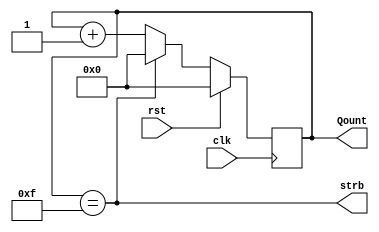
module presc #(
    parameter PRESCALER = 16                 // devision unit
)
(
input clk,
input rst,
output reg [3:0] Qount,			          // Counter output
output strb				                  // Counter overflow
);

assign strb = ( Qount == (PRESCALER - 1) ); // strb=0 just when Qount=0

always @(posedge clk)
begin
    if (rst)
    begin
        Qount <= 0;							// synchronous counter reset
    end 
	
    else
    begin    
        begin
            Qount <= Qount + 1;		       // counter launch(incrementing) 
        end

         if (strb)
        begin
            Qount <= 0;					 // the appearance of strobe
        end								// value of the divided frequency
	end
end	
endmodule